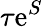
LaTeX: \tau\mathrm{e}^{S}